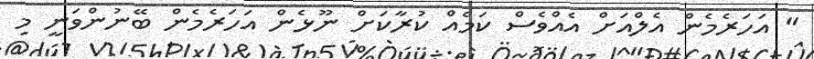
" އަހަރެމެން އެލްއަށް އެއްވެސް ކަމެއް ކުރާކަށް ނޫޅެން އަހަރެމެން ބޭނުންވަނީ މި